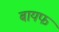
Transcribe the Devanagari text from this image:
बायफ